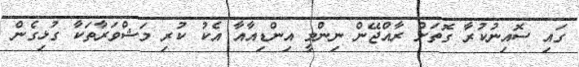
ގައި ސޮއިނުކުރާ ގޮތަށް ރާއްޖޭން ނިންމީ އިންޑިއާއާ އެކު ކުރި މަޝްވަރާތަކާ ގުޅިގެން